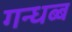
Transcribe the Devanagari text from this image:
गन्धब्ब